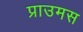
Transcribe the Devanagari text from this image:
प्राउमस